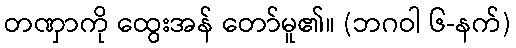
တဏှာကို ထွေးအန် တော်မူ၏။ (ဘဂဝါ ၆-နက်)